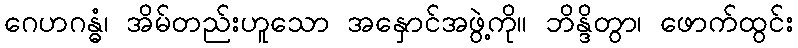
ဂေဟဂန္ဓံ၊ အိမ်တည်းဟူသော အနှောင်အဖွဲ့ကို။ ဘိန္ဒိတွာ၊ ဖောက်ထွင်း